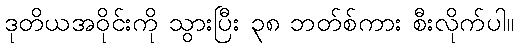
ဒုတိယအဝိုင်းကို သွားပြီး ၃၈ ဘတ်စ်ကား စီးလိုက်ပါ။